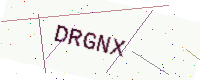
Text: DRGNX